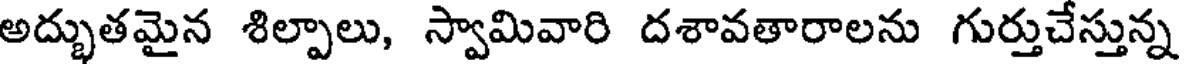
అద్భుతమైన శిల్పాలు, స్వామివారి దశావతారాలను గుర్తుచేస్తున్న